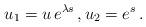
LaTeX: \begin{align*} u_1 = u\,e^{\lambda s}\,, u_2 = e^s\,.\end{align*}